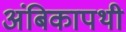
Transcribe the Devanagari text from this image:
अंबिकापथी